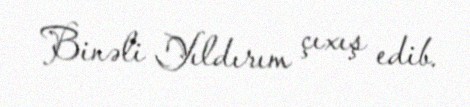
Binəli Yıldırım çıxış edib.